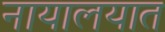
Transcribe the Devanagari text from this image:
नायालयात